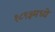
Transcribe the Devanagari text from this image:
१८९३मध्ये